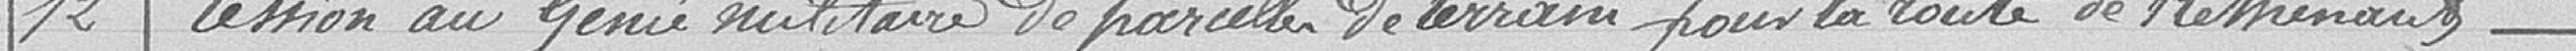
12 - Cession au Génie militaire de parcelles de terrain pour la route de Rethenans